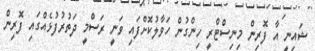
ޝައިނީ އާ ފޮރިން މިނިސްޓްރީ ހިންގުން ހަވާލުކޮށްފައި ވަނީ ރަސްމީ ދަތުރުފުޅެއްގައި ފޮރިން